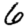
Digit: 6